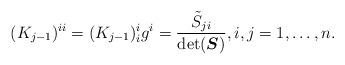
LaTeX: \begin{gather*}(K_{j-1})^{ii}=(K_{j-1})^i_i g^{i}=\frac{ \tilde{S}_{j i}}{\det (\boldsymbol{S})}, i, j=1,\ldots,n .\end{gather*}